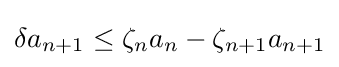
\delta a_{n+1}\leq \zeta _{n}a_{n}-\zeta _{n+1}a_{n+1}